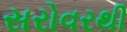
સરોવરથી